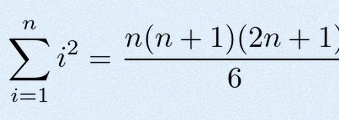
\sum_{i=1}^{n}i^2=\frac{n(n+1)(2n+1)}6